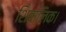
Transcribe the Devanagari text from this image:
शिवालिक।